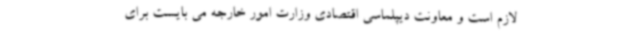
لازم است و معاونت دیپلماسی اقتصادی وزارت امور خارجه می بایست برای